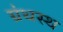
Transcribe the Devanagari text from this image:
ग्रंथस्थ